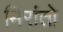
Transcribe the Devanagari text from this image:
मिरांतो